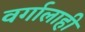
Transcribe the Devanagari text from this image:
वर्गालाही